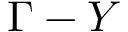
\Gamma - Y